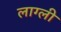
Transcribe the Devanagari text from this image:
लाग्ली